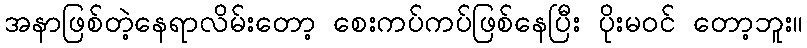
အနာဖြစ်တဲ့နေရာလိမ်းတော့ စေးကပ်ကပ်ဖြစ်နေပြီး ပိုးမဝင် တော့ဘူး။